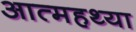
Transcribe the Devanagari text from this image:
आत्महथ्या